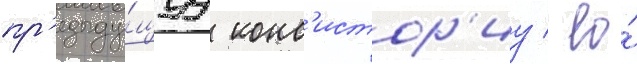
пр'едыду́щуу конс'истор'иу / ео́